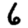
Digit: 6